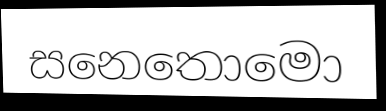
සනෙතොමො